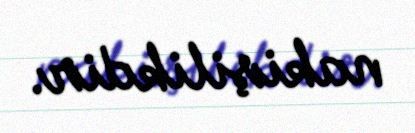
nakişilikdir.